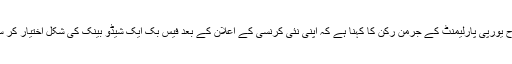
اسی طرح یورپی پارلیمنٹ کے جرمن رکن کا کہنا ہے کہ اپنی نئی کرنسی کے اعلان کے بعد فیس بک ایک شیڈو بینک کی شکل اختیار کر سکتا ہے۔